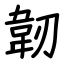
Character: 韌